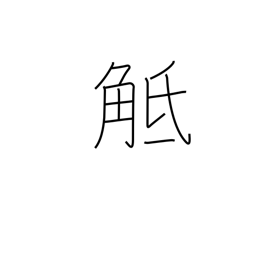
Meaning: collide with